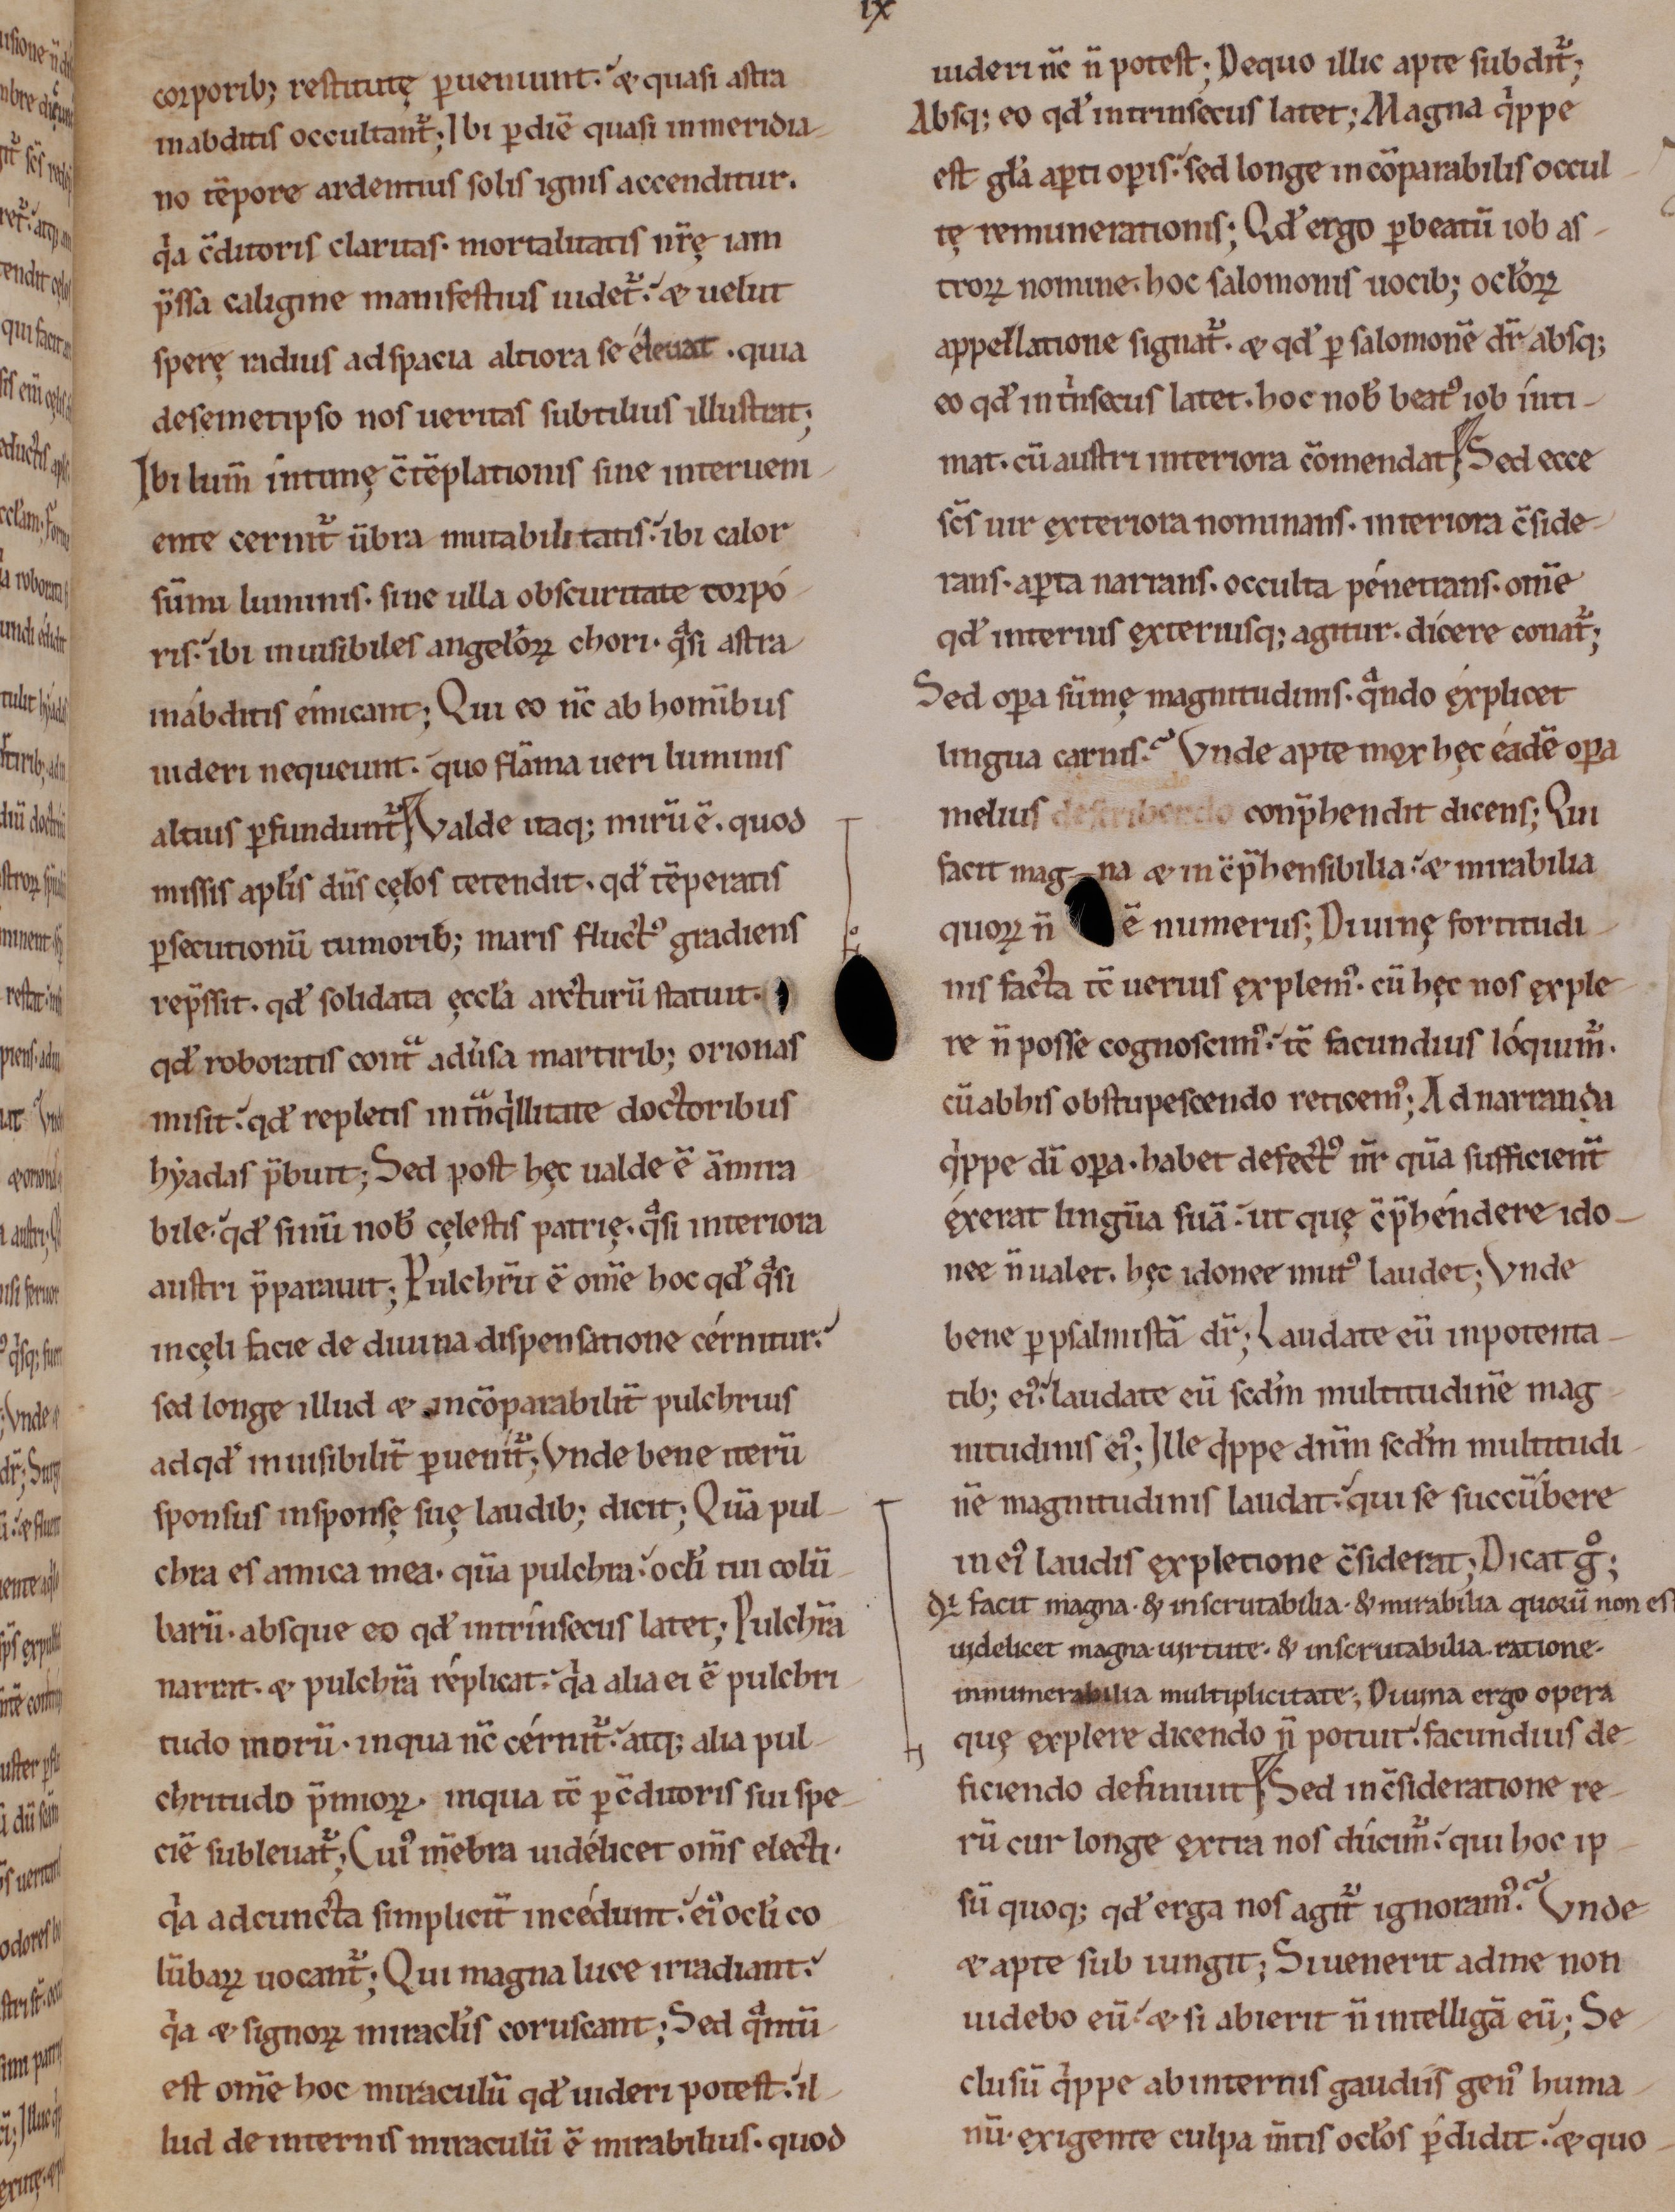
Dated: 1000–1199